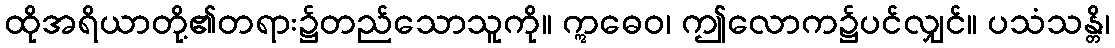
ထိုအရိယာတို့၏တရား၌တည်သောသူကို။ ဣဓေဝ၊ ဤလောက၌ပင်လျှင်။ ပသံသန္တိ၊